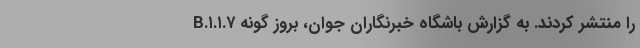
را منتشر کردند. به گزارش باشگاه خبرنگاران جوان، بروز گونه B.۱.۱.۷